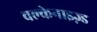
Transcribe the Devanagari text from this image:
वल्केनाइज़्ड